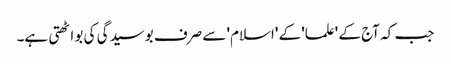
جب کہ آج کے 'علما' کے 'اسلام' سے صرف بوسیدگی کی بو اٹھتی ہے۔